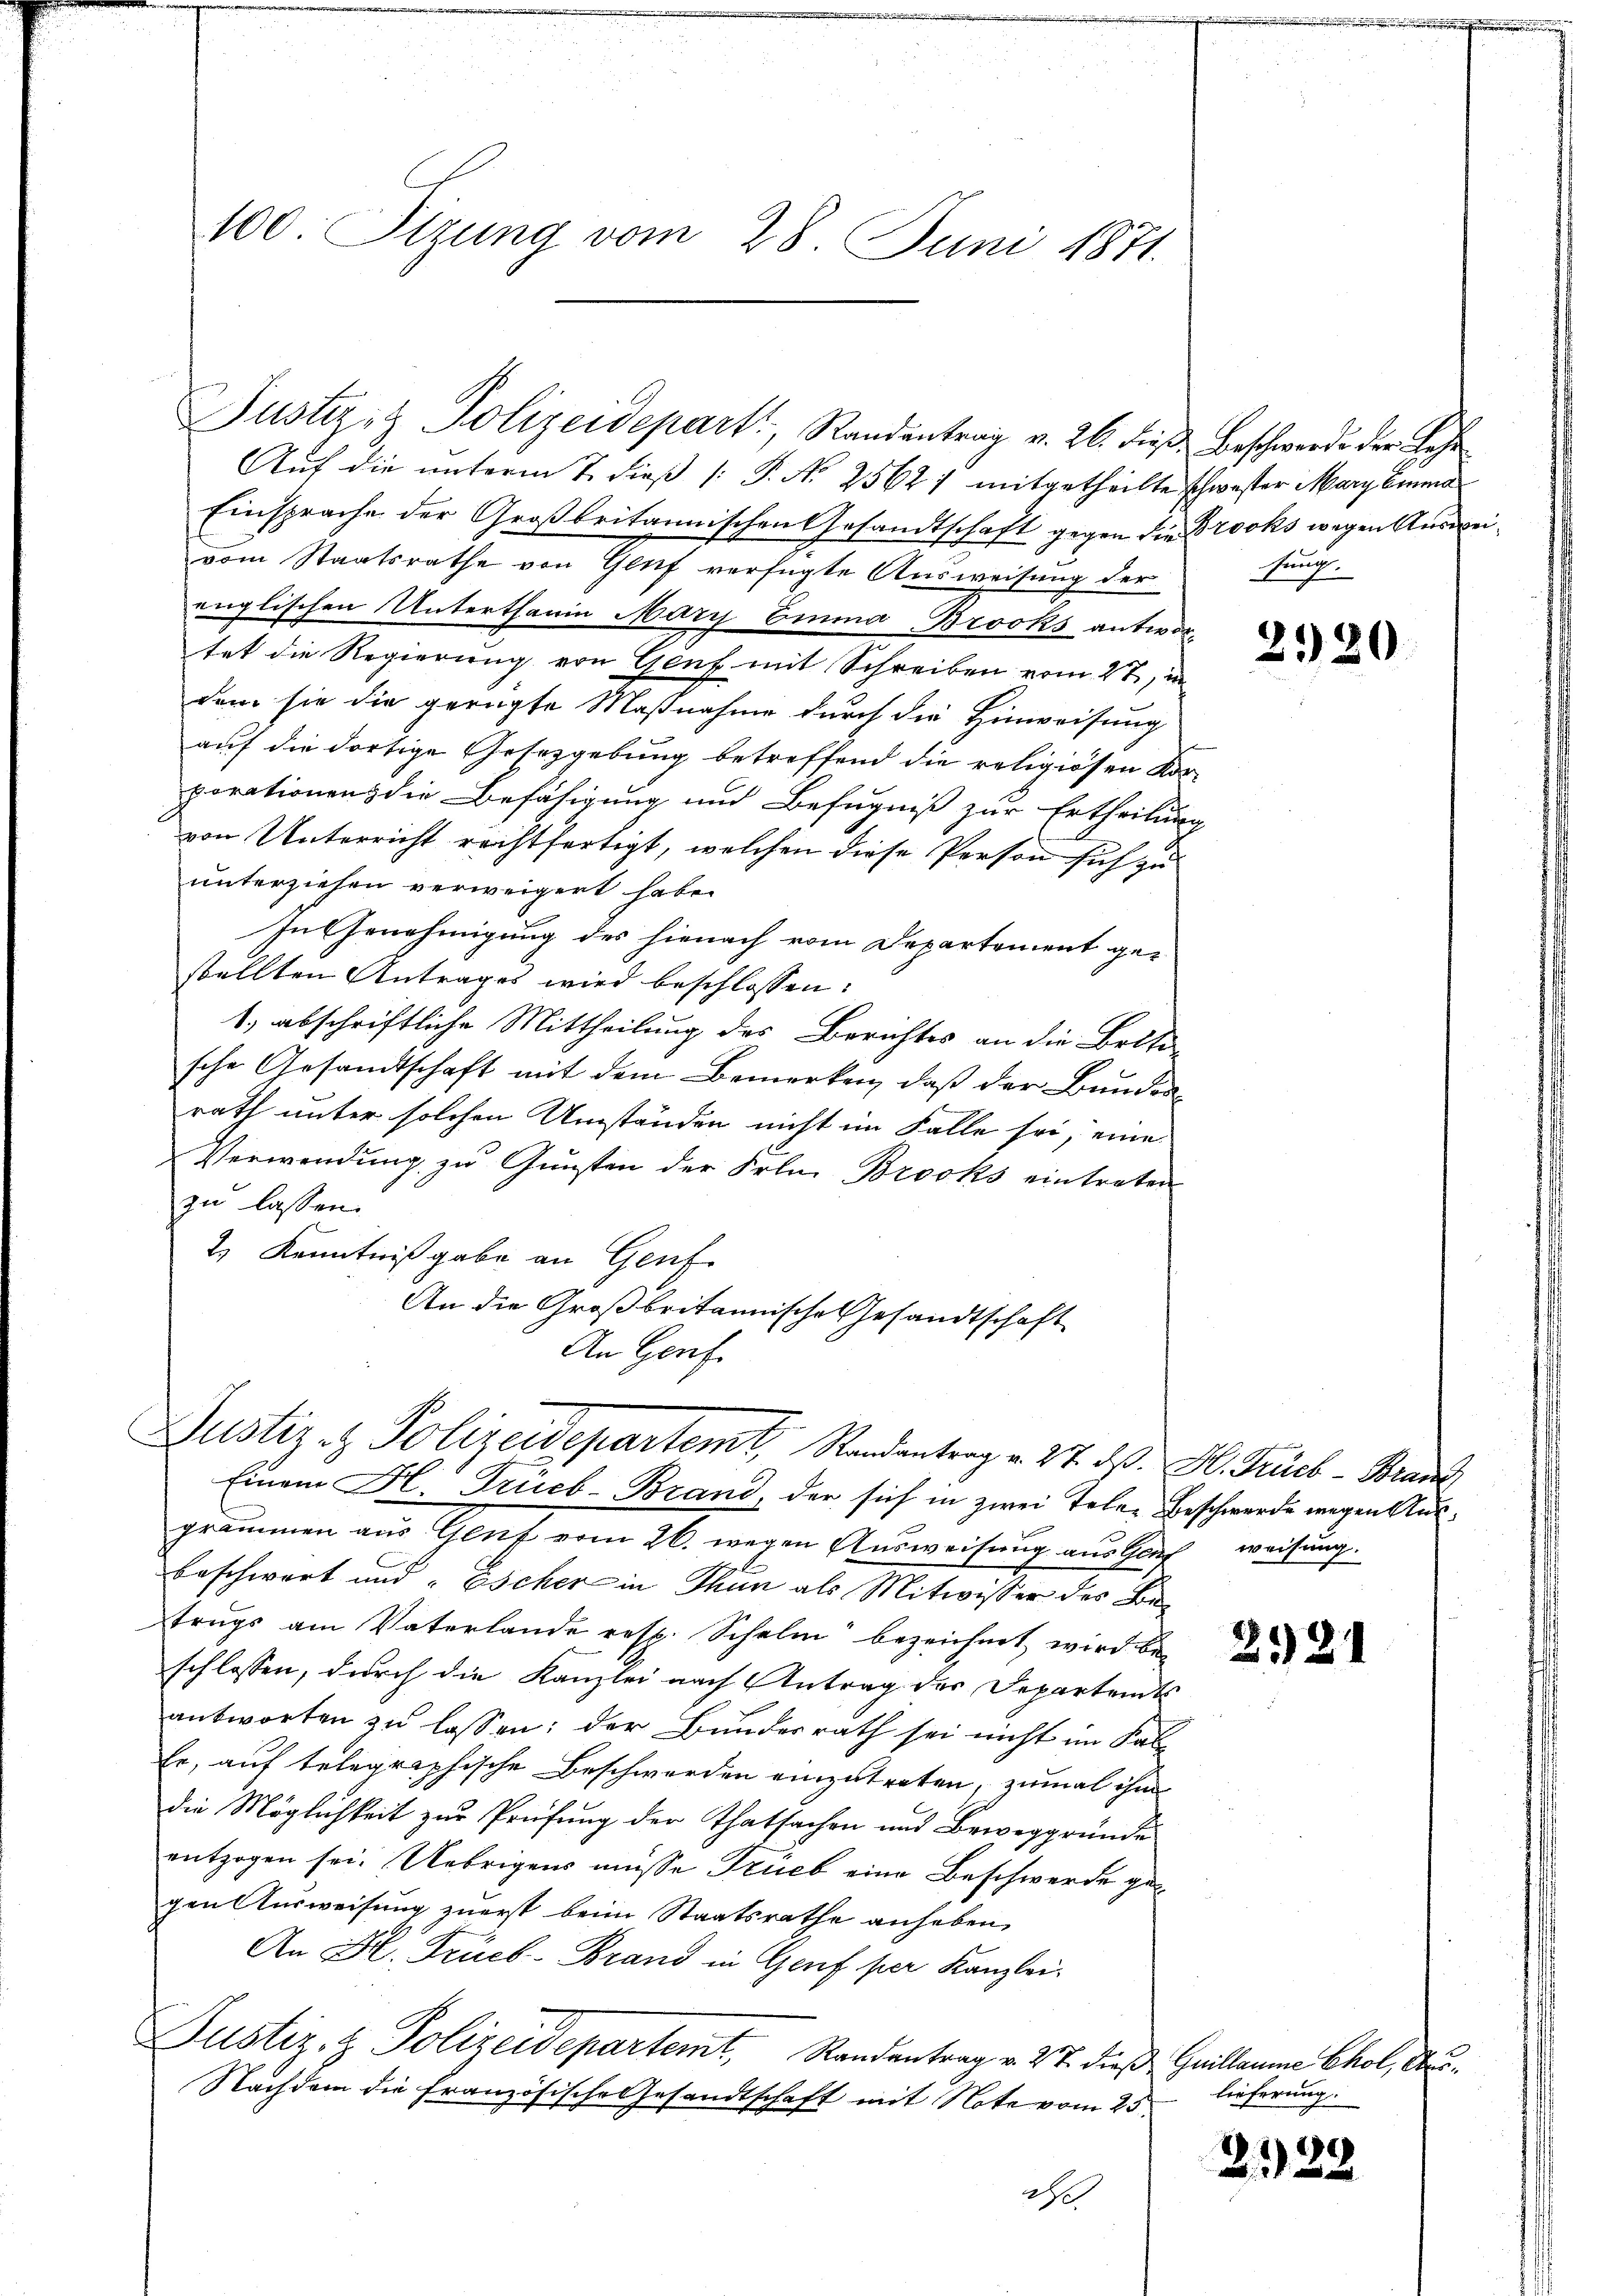
100. Sitzung vom 28. Juni 1871.

Justizit Polizeidepart, Randentrag v. 26. dieß Beschwerde der Lehr
Auf die unterm 7. dieß (: P. No 2562) mitgetheilte schwester Mary Emma
Einsprache der Großbritannischen Gesandtschaft gegen die Brocks wegen Ausweivom Staatsrathe von Genf verfügte Ausweisung der
englischen Unterthanin Mary Emma Brocks antrede
tet die Regierung von Genf mit Schreiben vom 27, in
dem sie die gerügte Maßnahme durch die Hinweisung
auf die dortige Gesetzgebung betreffend die religiösen Kor-
porationens die Befähigung und Befugniß zur Ertheilung
von Unterricht rechtfertigt, welchen diese Person sich zu
unterziehen verweigert habe.
In Genehmigung des hienach vom Departement gestellten Antrages wird beschlossen:
1.) abschriftliche Mittheilung des Berichtes an die Briti-
sche Gesandtschaft mit dem Bemerken, daß der Bundes
rath unter solchen Umständen nicht im Falle sei, eine
Verwendung zu Gunsten der Frl. Brocks eintreten
zu lassen.
2.) Kenntnißgabe an Genf
An die Großbritannische Gesandtschaft
An Genf.

Justiz- & Polizeidepartemt, Randantrag v. 27. d. M. Trieb Brand

Einem H. Trueb-Brand, der sich in zwei Teler Beschwerde wegen Ausgrammen aus Gluf vom 26. wegen Ausweisung aus Glich weisung.
beschwert und „Escher in Thun als Mitwisser des Betrugs am Vaterlande resp. Schelm bezeichnet wird beschlossen, durch die Kanzlei nach Antrag der Departents
antworten zu lassen: der Bundesrath sei nicht im Kal¬
Er, auf telegraphische Beschwerden einzutreten, zumal ihm
die Möglichkeit zur Prüfung der Thatsachen und Beweggründe
entzogen sei. Uebrigens müsse Trieb eine Beschwerde gegen Ausweisung zuerst beim Staatsrathe anheben,
An H. Trüeb-Brand in Genf per Kanzlei.
Justiz- & Polizeidepartemt, Randantrag v. 27. dieß Guillaume Chol, Ob
Nachdem die Französische Gesandtschaft mit Note vom 25.
a

sung.

2120

2121

lieferung.

2138